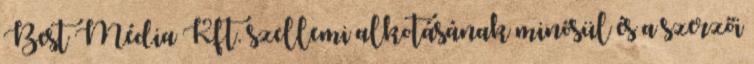
Best Média Kft. szellemi alkotásának minősül és a szerzői